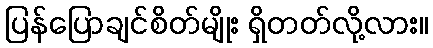
ပြန်ပြောချင်စိတ်မျိုး ရှိတတ်လို့လား။